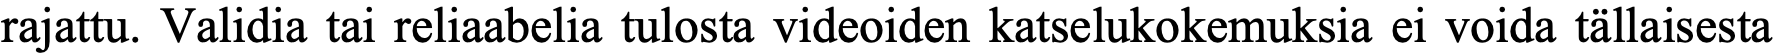
rajattu. Validia tai reliaabelia tulosta videoiden katselukokemuksia ei voida tällaisesta